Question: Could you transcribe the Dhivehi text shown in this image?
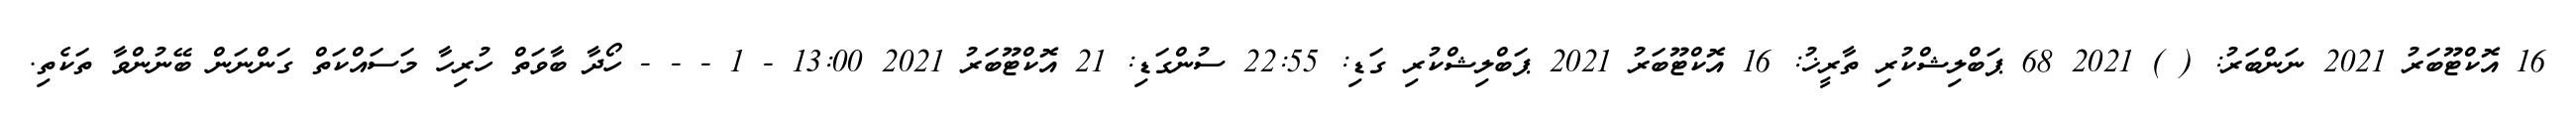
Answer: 16 އޮކްޓޫބަރު 2021 ނަންބަރު: ( ) 2021 68 ޕަބްލިޝްކުރި ތާރީޚު: 16 އޮކްޓޫބަރު 2021 ޕަބްލިޝްކުރި ގަޑި: 22:55 ސުންގަޑި: 21 އޮކްޓޫބަރު 2021 13:00 - 1 - - - ހޯދާ ބާވަތް ހުރިހާ މަސައްކަތް ގަންނަން ބޭނުންވާ ތަކެތި.